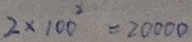
2 \times 1 0 0 ^ { 2 } = 2 0 0 0 0